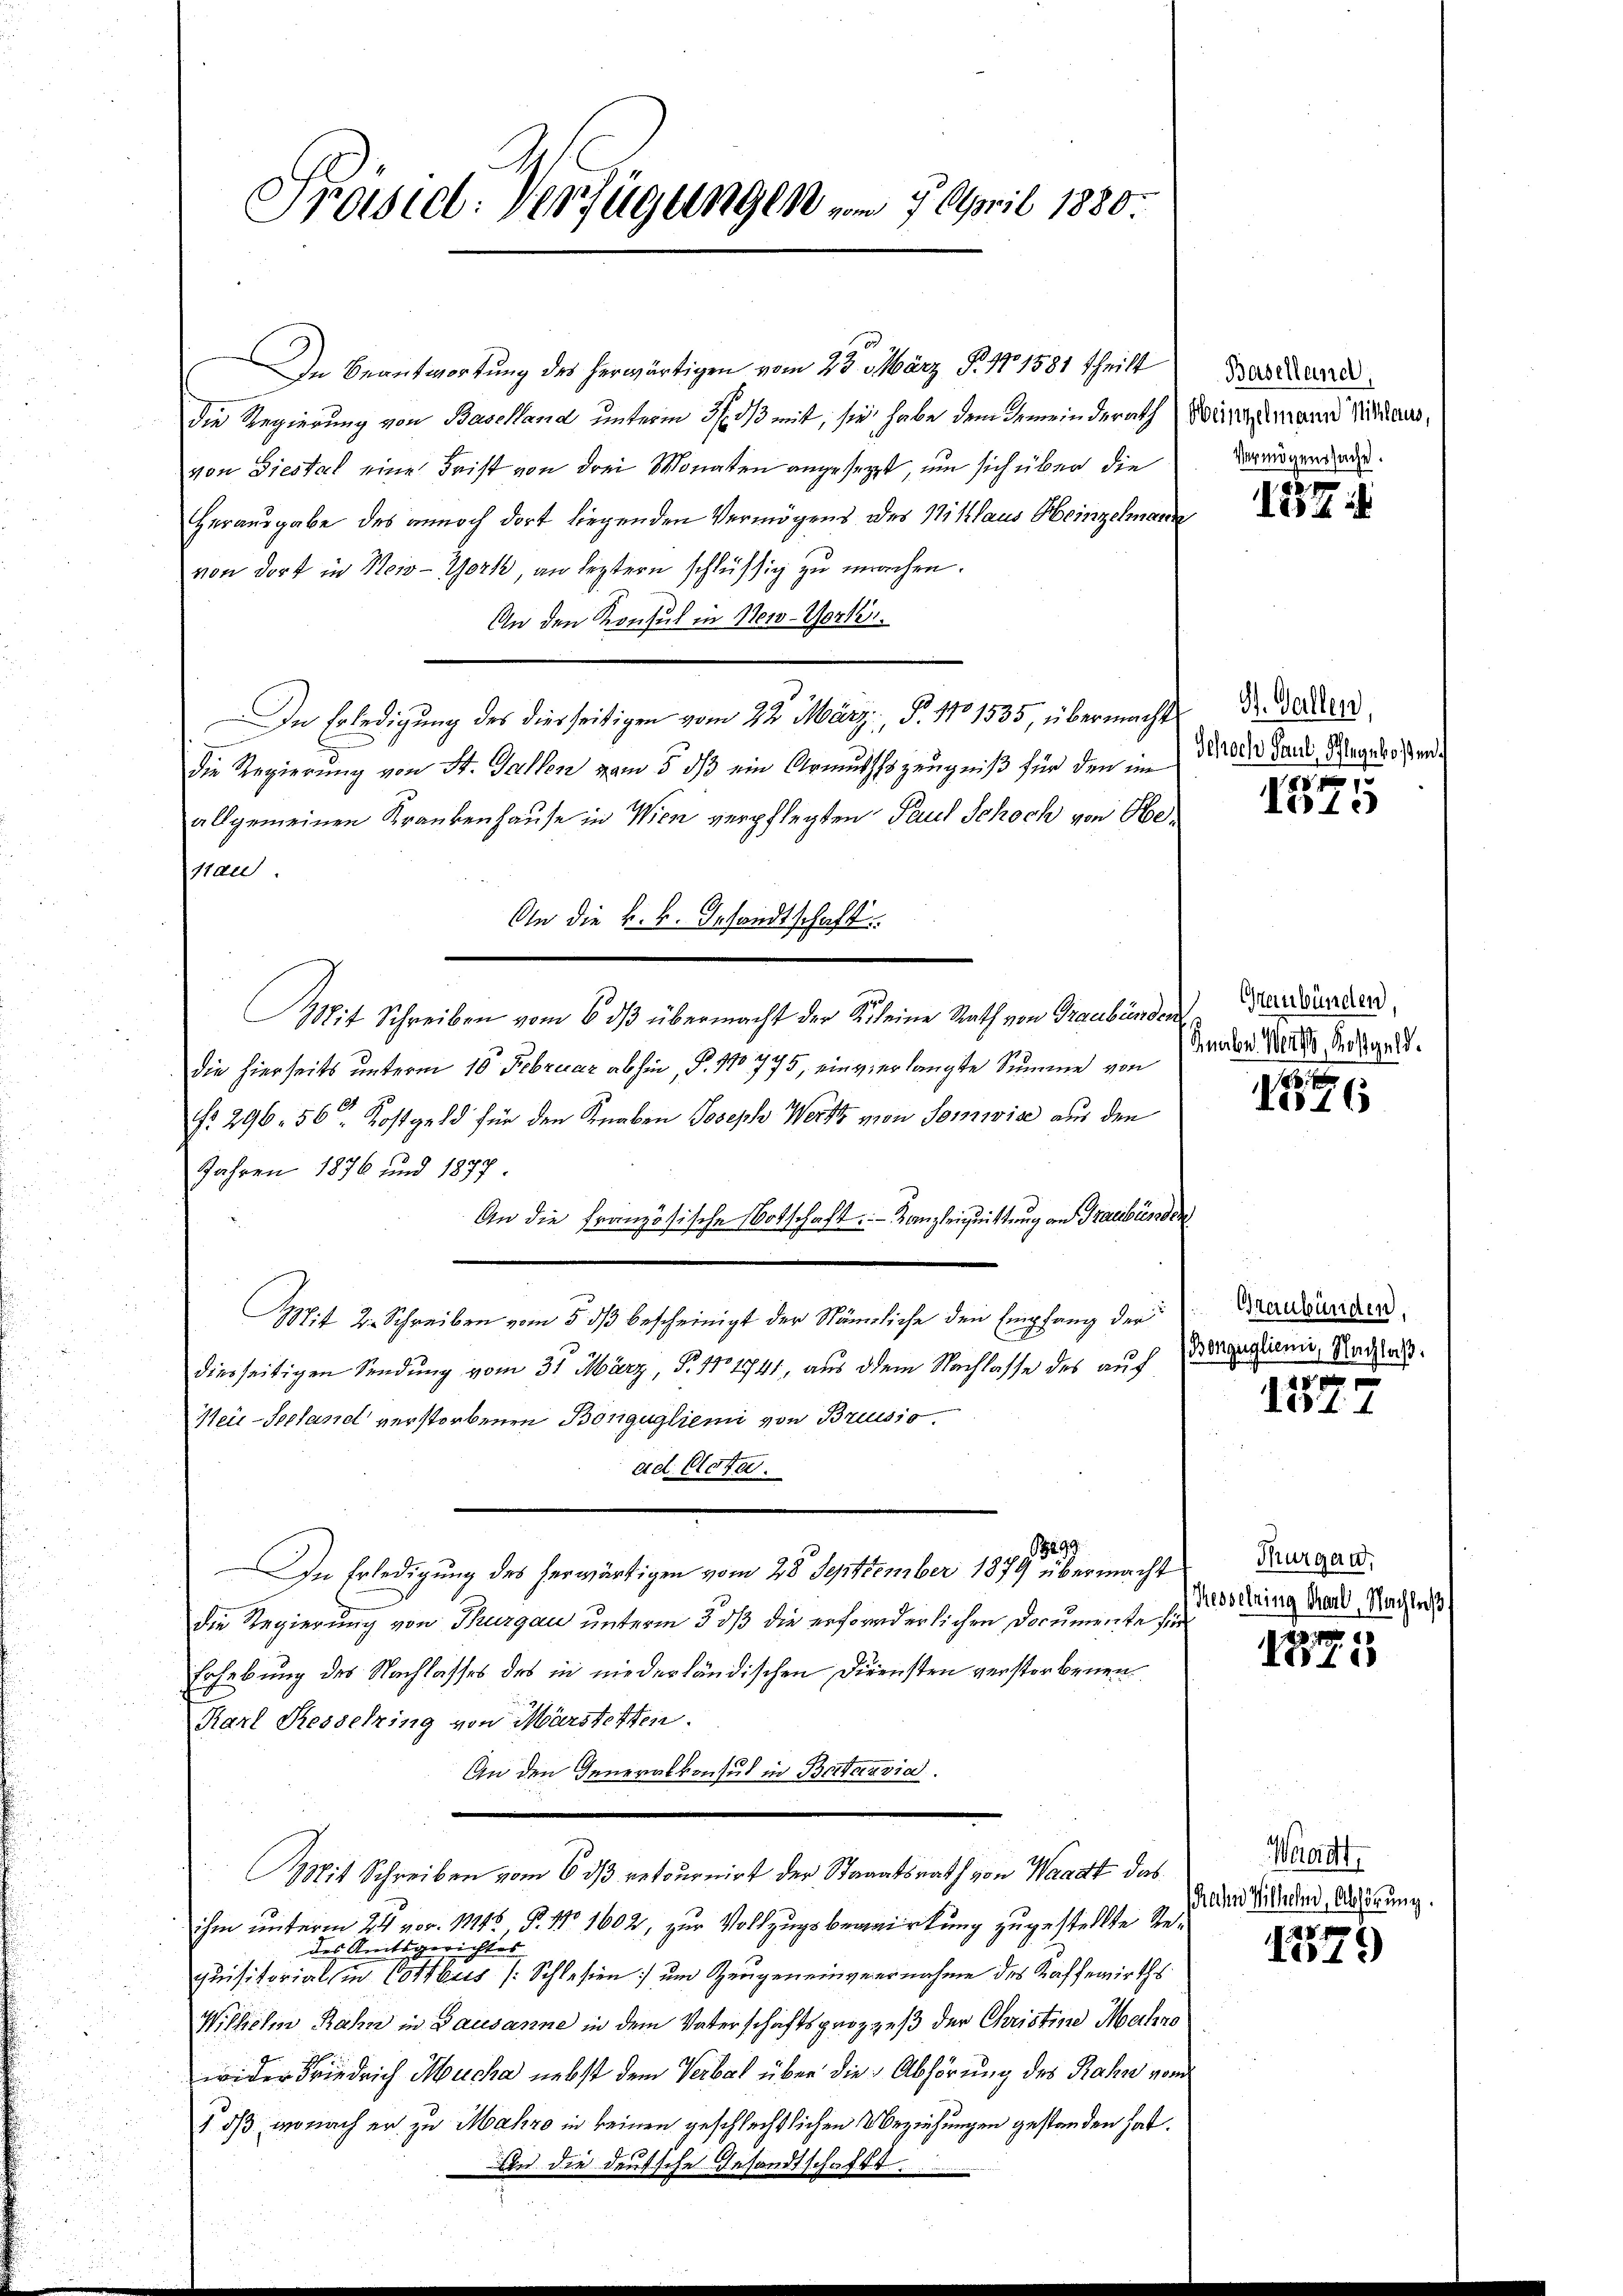
Präsid. Verfügungen vom 7. April 1880.

In Beantwortung des herwärtigen vom 23. März P. 171581 theilt
die Regierung von Baselland unterm 31. 313 mit, sie habe dem Gemeinderath Windmann Schraus,
von Giestal eine Frist von drei Monaten angesezt, um sich über die
Herausgabe des annoch dort liegenden Vermögens des Niklaus Heinzelmann
von dort in Neio-York, an leztern schlüssig zu machen.
An den Konsul in New-York
In Erledigung des diesseitigen vom 22. März, P. No 1535, übermachte Dresden
die Regierung von St. Gallen vom 5. dß ein Armuthsszeugniß für den im
allgemeinen Krankenhause in Wien verpflegten Paul Schoch von Oberprau.
An die k.k. Gesandtschaft
Mit Schreiben vom 6. dβ übermacht der Kleine Rath von Graubünden Freunden
die hierseits unterm 10. Februar abhin, P. 110775, einvier langte Summe von
No. 296. 50 Kostgeld für den Knaben Joseph Wert von Somivise aus den
Jahren 1876 und 1877
An die französische Notschaft. - Kanzleiguittung an Graubünden
Mit 2. Schreiben vom 5. ds bescheinigt der Nämliche den Empfang der
diesseitigen Sendung vom 31. März, P. 110 1741, aus dem Nachlasse des auf
Meir-Seeland verstorbenen Bongugliemi von Brusio
ad Acta.
8899
In Erledigung des herwärtigen vom 28 September 1879 übermacht
die Regierung von Thurgau unterm 5. dß die erforderlichen Documente für
Erhebung des Nachlasses des in niederländischen Diensten verstorbenen
Karl Resselring von Märstetten.
An den Generalkonsul in Batavia.
Mit Schreiben vom 6 des retournirt der Staaatsrath von Waadt das
ihm unterm 24. vor. 116, P. No 1602, zur Vollzugsbewirkung zugestellte Redes Amtsgerichtes
quisitorials in Vottbus (Schleßen) um Zeugen einvernahme des Kaffewirths
Willichen Rahn in Bausanne in dem Vaterschaftsprozeß der Christine Makro
wider Friedrich Mucha nebst dem Verbal über die Abhörung des Rahn vom
§ 5, wonach er zu Makro in keinen geschlechtlichen Beziehungen gestanden hat.

Baselland,
Vermögenssache.

87
14

Schoch Paul, Pflegekosten.
1

Lo1.)

Knaben. Werts, Kostgeld.

Nr 16

Graubünden.
Bonguglien, Nachlaß.

10 f
183 f. 1

Thurgau,
Kesselring Carl, Nachte

Vorte

Weorett
Rahn Wilhelm, Abhörung.

a
L.19)